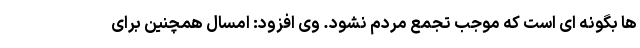
ها بگونه ای است که موجب تجمع مردم نشود. وی افزود: امسال همچنین برای